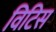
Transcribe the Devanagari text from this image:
विटिस